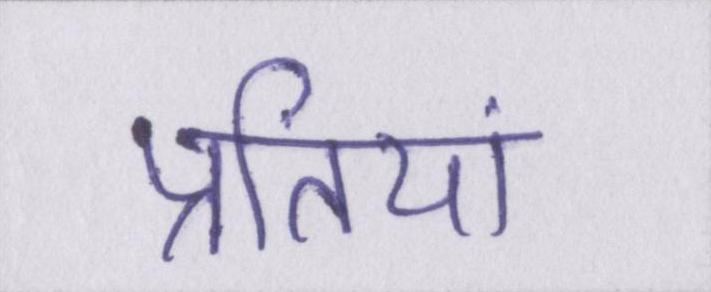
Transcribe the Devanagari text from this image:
प्रतियां